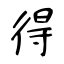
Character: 得